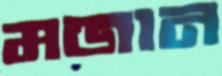
মজান